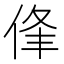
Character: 𠉏